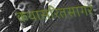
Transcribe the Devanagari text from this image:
कथासरितसागर